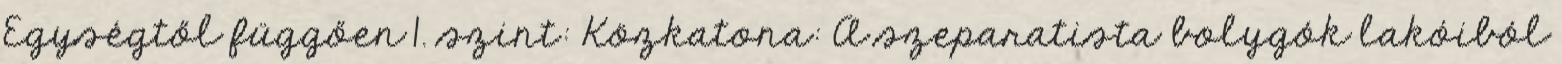
Egységtől függően 1. szint: Közkatona: A szeparatista bolygók lakóiból